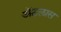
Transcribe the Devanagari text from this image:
अॅटलास